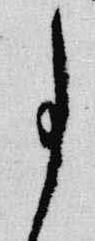
事